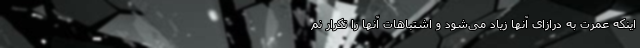
اینکه عمرت به درازای آنها زیاد می‌شود و اشتباهات آنها را تکرار نم